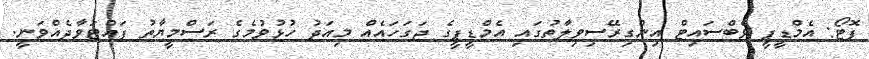
ފޮޓޯ: އެމްޑީޕީ ވެބްސައިޓް އިންގިރޭސިވިލާތުގައި އެމްޑީޕީގެ ޖަގަހައެއް މިއަދު ހުޅުވުމެގެ ރަސްމީޔާތު ފައްޓަވާދެއްވަނީ.